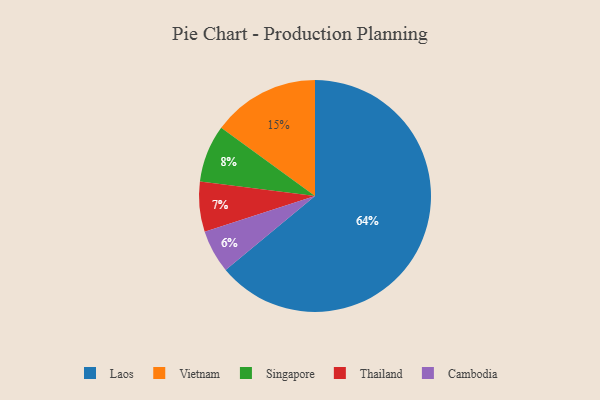
{"axis": {"x": "Category", "y": "Percentage"}, "legend": ["Cambodia", "Laos", "Singapore", "Thailand", "Vietnam"], "data": [{"x": "Thailand", "y": 7, "type": "Thailand"}, {"x": "Vietnam", "y": 15, "type": "Vietnam"}, {"x": "Singapore", "y": 8, "type": "Singapore"}, {"x": "Cambodia", "y": 6, "type": "Cambodia"}, {"x": "Laos", "y": 64, "type": "Laos"}]}